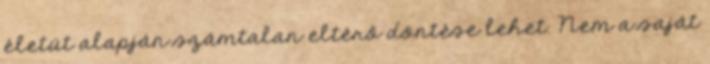
életút alapján számtalan eltérő döntése lehet. Nem a saját